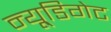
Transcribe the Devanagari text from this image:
न्यू्डिगेट